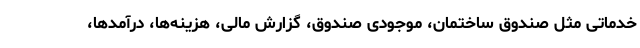
خدماتی مثل صندوق ساختمان، موجودی صندوق، گزارش مالی، هزینه‌ها، درآمدها،